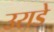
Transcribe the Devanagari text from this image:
उराडे